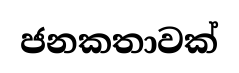
ජනකතාවක්